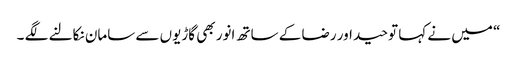
“ میں نے کہا توحید اور رضا کے ساتھ انور بھی گاڑیوں سے سامان نکالنے لگے ۔